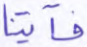
فآتينا